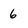
Character: 6